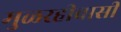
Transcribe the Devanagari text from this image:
मुळरहीवासी